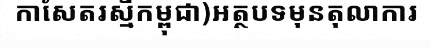
កាសែតរស្មីកម្ពុជា)អត្ថបទមុនតុលាការ